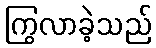
ကြွလာခဲ့သည်